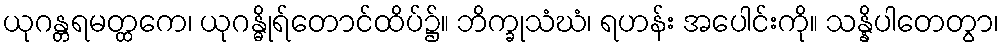
ယုဂန္တရမတ္ထကေ၊ ယုဂန္ဓိုရ်တောင်ထိပ်၌။ ဘိက္ခုသံဃံ၊ ရဟန်း အပေါင်းကို။ သန္နိပါတေတွာ၊